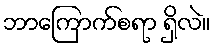
ဘာကြောက်စရာ ရှိလဲ။